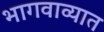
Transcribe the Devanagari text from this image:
भागवाव्यात